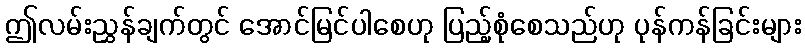
ဤလမ်းညွှန်ချက်တွင် အောင်မြင်ပါစေဟု ပြည့်စုံစေသည်ဟု ပုန်ကန်ခြင်းများ